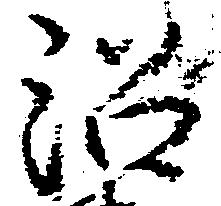
沼